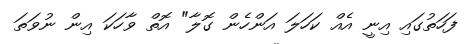
ފަހަތުގައި އިނީ އެއް ކަހަލަ އަންހެން ގޮލާ" އޮތް ވާހަކަ އިން ނުވަތަ